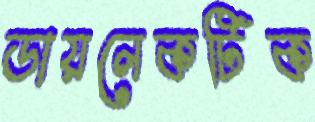
ডায়লেকটিক